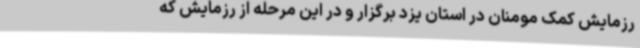
رزمایش کمک مومنان در استان یزد برگزار و در این مرحله از رزمایش که